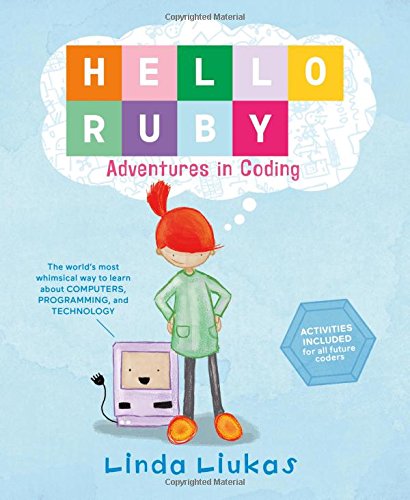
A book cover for Hello Ruby: Adventures in Coding; Linda Liukas; Children's Books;